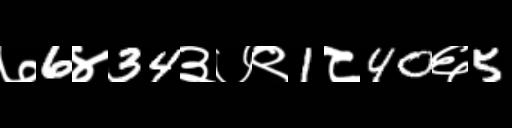
Text: ७6४34३७९1८40६5